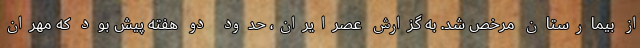
از بیمارستان مرخص شد. به گزارش عصرایران، حدود دو هفته پیش بود که مهران